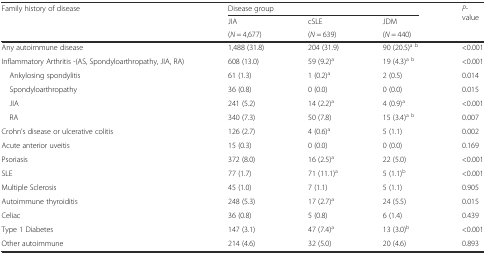
<table><thead><tr><td rowspan="3"><b>Family history of disease</b></td><td colspan="3"><b>Disease group</b></td><td rowspan="3"><b><i>P</i>-value</b></td></tr><tr><td><b>JIA</b></td><td><b>cSLE</b></td><td><b>JDM</b></td></tr><tr><td><b>(<i>N</i> = 4,677)</b></td><td><b>(<i>N</i> = 639)</b></td><td><b>(<i>N</i> = 440)</b></td></tr></thead><tbody><tr><td>Any autoimmune disease</td><td>1,488 (31.8)</td><td>204 (31.9)</td><td>90 (20.5)<sup>a</sup><sup>b</sup></td><td>&lt;0.001</td></tr><tr><td>Inflammatory Arthritis -(AS, Spondyloarthropathy, JIA, RA)</td><td>608 (13.0)</td><td>59 (9.2)<sup>a</sup></td><td>19 (4.3)<sup>a</sup><sup>b</sup></td><td>&lt;0.001</td></tr><tr><td> Ankylosing spondylitis</td><td>61 (1.3)</td><td>1 (0.2)<sup>a</sup></td><td>2 (0.5)</td><td>0.014</td></tr><tr><td> Spondyloarthropathy</td><td>36 (0.8)</td><td>0 (0.0)</td><td>0 (0.0)</td><td>0.015</td></tr><tr><td> JIA</td><td>241 (5.2)</td><td>14 (2.2)<sup>a</sup></td><td>4 (0.9)<sup>a</sup></td><td>&lt;0.001</td></tr><tr><td> RA</td><td>340 (7.3)</td><td>50 (7.8)</td><td>15 (3.4)<sup>a</sup><sup>b</sup></td><td>0.007</td></tr><tr><td>Crohn’s disease or ulcerative colitis</td><td>126 (2.7)</td><td>4 (0.6)<sup>a</sup></td><td>5 (1.1)</td><td>0.002</td></tr><tr><td>Acute anterior uveitis</td><td>15 (0.3)</td><td>0 (0.0)</td><td>0 (0.0)</td><td>0.169</td></tr><tr><td>Psoriasis</td><td>372 (8.0)</td><td>16 (2.5)<sup>a</sup></td><td>22 (5.0)</td><td>&lt;0.001</td></tr><tr><td>SLE</td><td>77 (1.7)</td><td>71 (11.1)<sup>a</sup></td><td>5 (1.1)<sup>b</sup></td><td>&lt;0.001</td></tr><tr><td>Multiple Sclerosis</td><td>45 (1.0)</td><td>7 (1.1)</td><td>5 (1.1)</td><td>0.905</td></tr><tr><td>Autoimmune thyroiditis</td><td>248 (5.3)</td><td>17 (2.7)<sup>a</sup></td><td>24 (5.5)</td><td>0.015</td></tr><tr><td>Celiac</td><td>36 (0.8)</td><td>5 (0.8)</td><td>6 (1.4)</td><td>0.439</td></tr><tr><td>Type 1 Diabetes</td><td>147 (3.1)</td><td>47 (7.4)<sup>a</sup></td><td>13 (3.0)<sup>b</sup></td><td>&lt;0.001</td></tr><tr><td>Other autoimmune</td><td>214 (4.6)</td><td>32 (5.0)</td><td>20 (4.6)</td><td>0.893</td></tr></tbody></table>